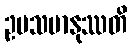
ဥပသမာနုဿတိ